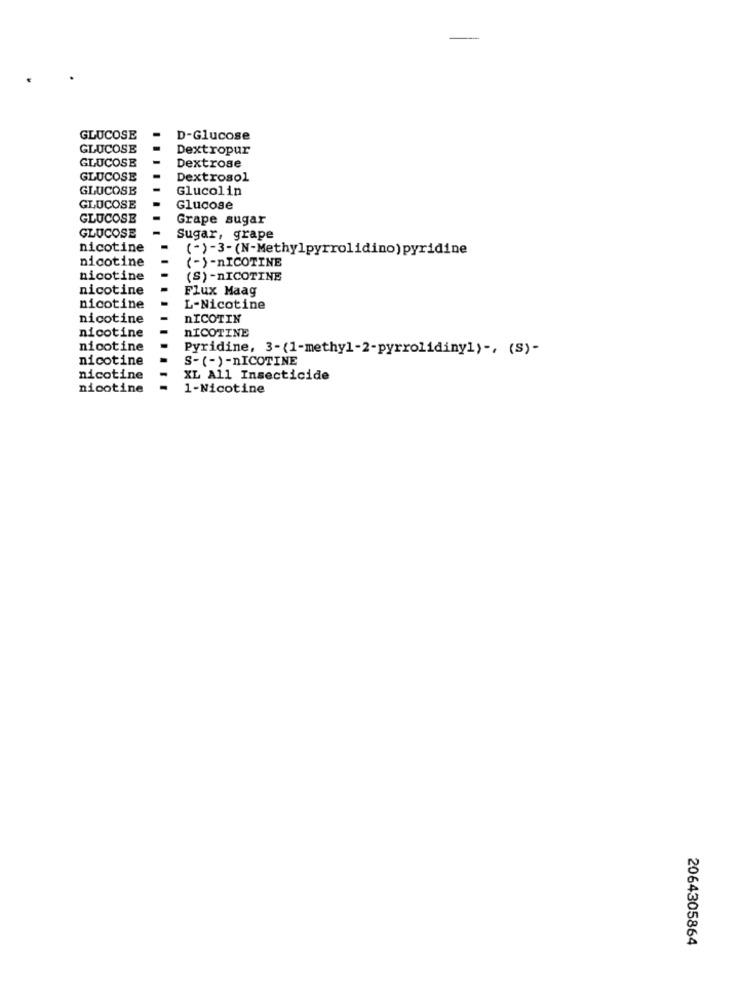
GLUCOSE
D-Glucose
GLUCOSE
Dextropur
GLUCOSE
Dextrose
GLUCOSE
Dextrosol
GLUCOSE
Glucolin
GLUCOSE
Glucose
GLUCOSE
Grape sugar
GLUCOSE
Sugar, grape
nicotine
(-)-3-(N-Methylpyrrolidino) pyridine
nicotine
(-)-NICOTINE
nicotine
(S) -NICOTINE
nicotine
Flux Maag
nicotine
L-Nicotine
nicotine
NICOTIN
nicotine
NICOTINE
nicotine
Pyridine, 3-(1-methyl-2-pyrrolidinyl) -, (S)-
nicotine
S- (-)-nICOTINE
nicotine
XL All Insecticide
nicotine
1-Nicotine
2064305864